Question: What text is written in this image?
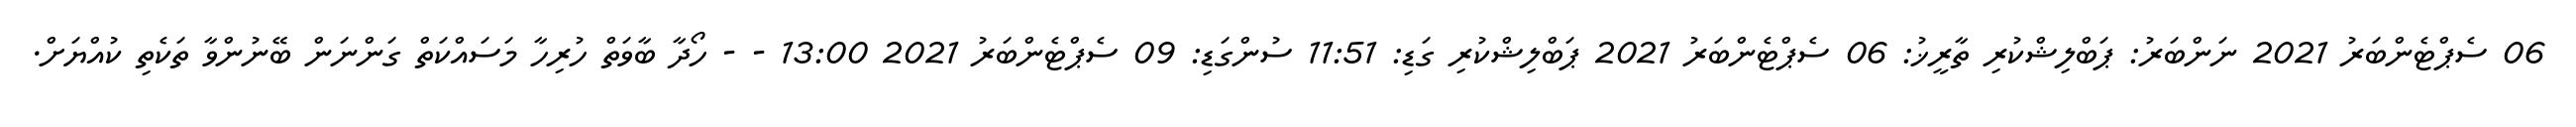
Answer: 06 ސެޕްޓެންބަރު 2021 ނަންބަރު: ޕަބްލިޝްކުރި ތާރީޚު: 06 ސެޕްޓެންބަރު 2021 ޕަބްލިޝްކުރި ގަޑި: 11:51 ސުންގަޑި: 09 ސެޕްޓެންބަރު 2021 13:00 - - ހޯދާ ބާވަތް ހުރިހާ މަސައްކަތް ގަންނަން ބޭނުންވާ ތަކެތި ކުއްޔަށް.